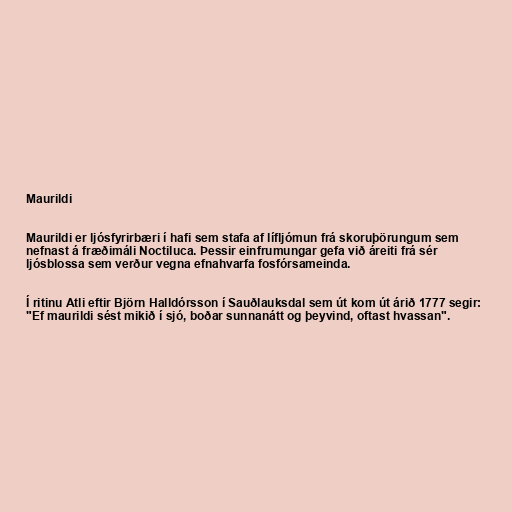
Maurildi

Maurildi er ljósfyrirbæri í hafi sem stafa af lífljómun frá skoruþörungum sem
nefnast á fræðimáli Noctiluca. Þessir einfrumungar gefa við áreiti frá sér
ljósblossa sem verður vegna efnahvarfa fosfórsameinda.

Í ritinu Atli eftir Björn Halldórsson í Sauðlauksdal sem út kom út árið 1777 segir:
"Ef maurildi sést mikið í sjó, boðar sunnanátt og þeyvind, oftast hvassan".